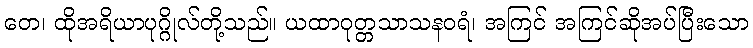
တေ၊ ထိုအရိယာပုဂ္ဂိုလ်တို့သည်။ ယထာဝုတ္တသာသနဝရံ၊ အကြင် အကြင်ဆိုအပ်ပြီးသော